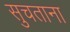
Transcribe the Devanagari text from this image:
सुचताना